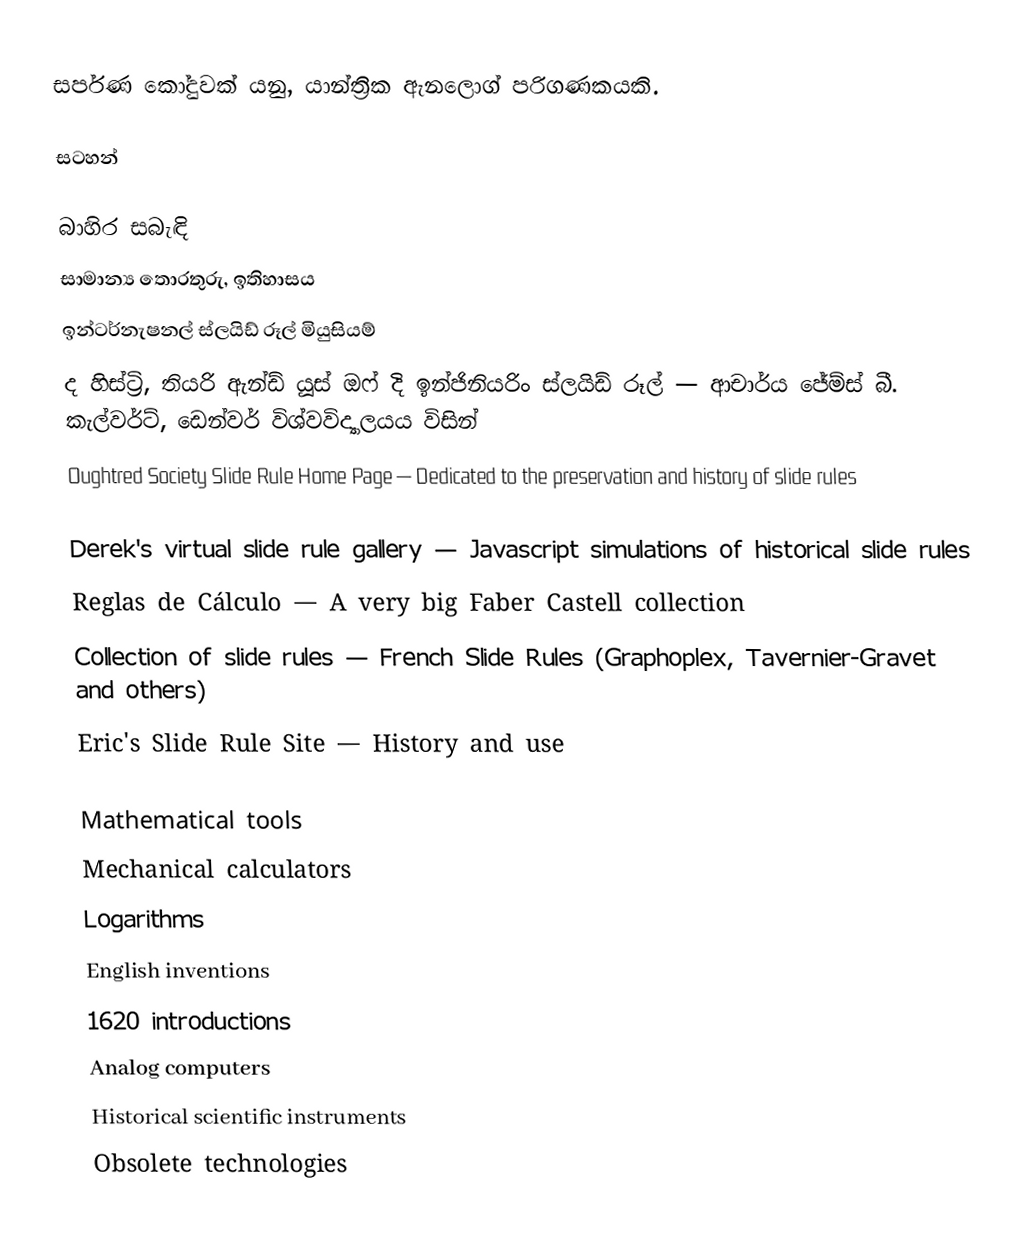
සර්පණ කෝදුවක් යනු, යාන්ත්‍රික  ඇනලොග් පරිගණකයකි.

සටහන්

බාහිර සබැඳි
සාමාන්‍ය තොරතුරු, ඉතිහාසය
ඉන්ටර්නැෂනල් ස්ලයිඩ් රූල් මියුසියම්
ද හිස්ට්‍රි, තියරි ඇන්ඩ් යූස් ඔෆ් දි ඉන්ජිනියරිං ස්ලයිඩ් රූල් — ආචාර්ය ජේම්ස් බී. කැල්වර්ට්, ඩෙන්වර් විශ්වවිද්‍යාලයය විසින්
Oughtred Society Slide Rule Home Page — Dedicated to the preservation and history of slide rules

Derek's virtual slide rule gallery — Javascript simulations of historical slide rules
Reglas de Cálculo — A very big Faber Castell collection
Collection of slide rules  — French Slide Rules (Graphoplex, Tavernier-Gravet and others)
Eric's Slide Rule Site — History and use

Mathematical tools
Mechanical calculators
Logarithms
English inventions
1620 introductions
Analog computers
Historical scientific instruments
Obsolete technologies